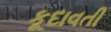
કૂદાવતી